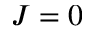
J = 0